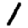
Digit: 1